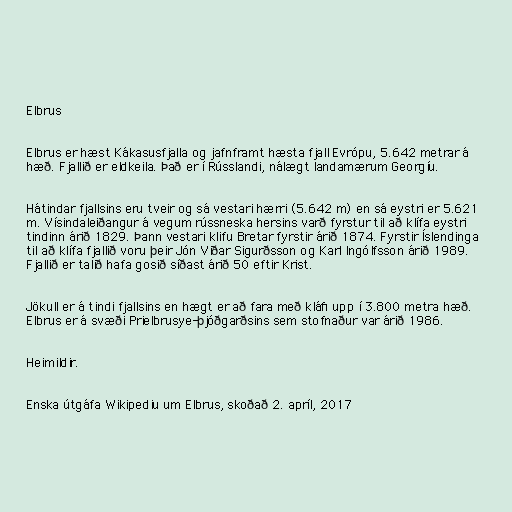
Elbrus

Elbrus er hæst Kákasusfjalla og jafnframt hæsta fjall Evrópu, 5.642 metrar á
hæð. Fjallið er eldkeila. Það er í Rússlandi, nálægt landamærum Georgíu.

Hátindar fjallsins eru tveir og sá vestari hærri (5.642 m) en sá eystri er 5.621
m. Vísindaleiðangur á vegum rússneska hersins varð fyrstur til að klífa eystri
tindinn árið 1829. Þann vestari klifu Bretar fyrstir árið 1874. Fyrstir Íslendinga
til að klífa fjallið voru þeir Jón Viðar Sigurðsson og Karl Ingólfsson árið 1989.
Fjallið er talið hafa gosið síðast árið 50 eftir Krist.

Jökull er á tindi fjallsins en hægt er að fara með kláfi upp í 3.800 metra hæð.
Elbrus er á svæði Prielbrusye-þjóðgarðsins sem stofnaður var árið 1986.

Heimildir.

Enska útgáfa Wikipediu um Elbrus, skoðað 2. apríl, 2017